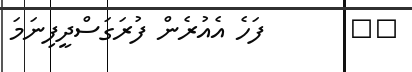
٨٢       ފަހެ އެއުރެން ފުރަގަސްދީފިނަމަ